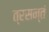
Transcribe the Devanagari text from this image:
त्रसन्तं